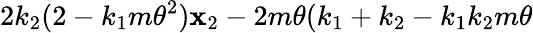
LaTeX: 2k_{2}(2-k_{1}m\theta^{2})\mathbf{x}_{2}-2m\theta(k_{1}+k_{2}-k_{1}k_{2}m\theta